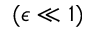
( \epsilon \ll 1 )